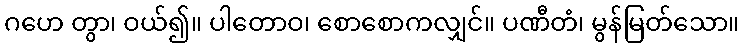
ဂဟေ တွာ၊ ဝယ်၍။ ပါတောဝ၊ စောစောကလျှင်။ ပဏီတံ၊ မွန်မြတ်သော။